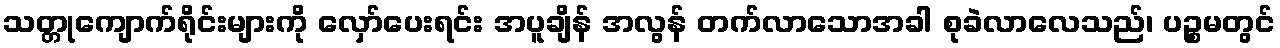
သတ္တုကျောက်ရိုင်းများကို လှော်ပေးရင်း အပူချိန် အလွန် တက်လာသောအခါ စုခဲလာလေသည်၊ ပဉ္စမတွင်